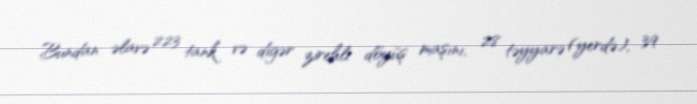
Bundan əlavə 223 tank və digər zirehli döyüş maşını, 28 təyyarə (yerdə), 39